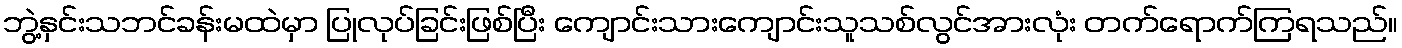
ဘွဲ့နှင်းသဘင်ခန်းမထဲမှာ ပြုလုပ်ခြင်းဖြစ်ပြီး ကျောင်းသားကျောင်းသူသစ်လွင်အားလုံး တက်ရောက်ကြရသည်။